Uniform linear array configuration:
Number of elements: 12
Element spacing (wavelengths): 0.25
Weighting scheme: binomial
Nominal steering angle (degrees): -45
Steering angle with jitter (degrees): -45.359
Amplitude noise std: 0.05
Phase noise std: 0.05

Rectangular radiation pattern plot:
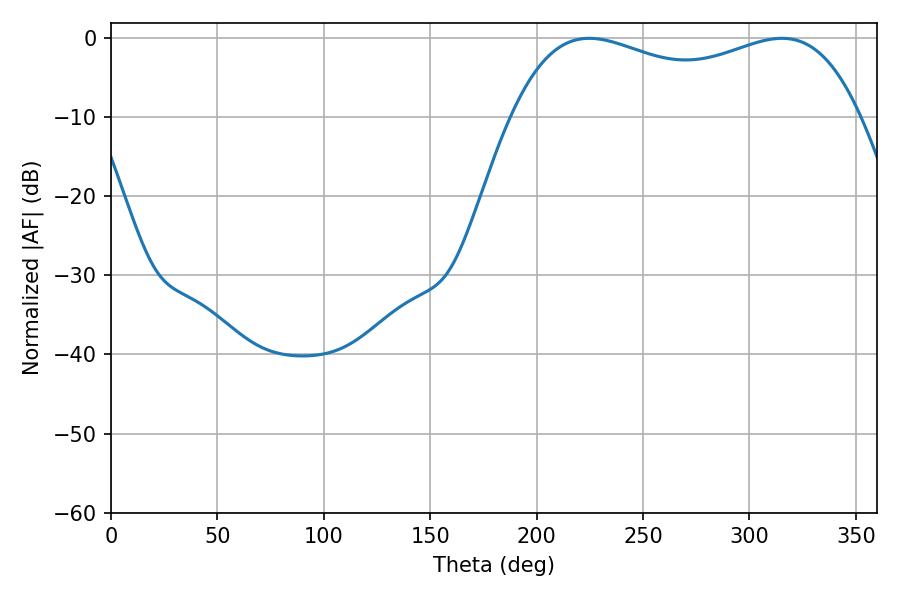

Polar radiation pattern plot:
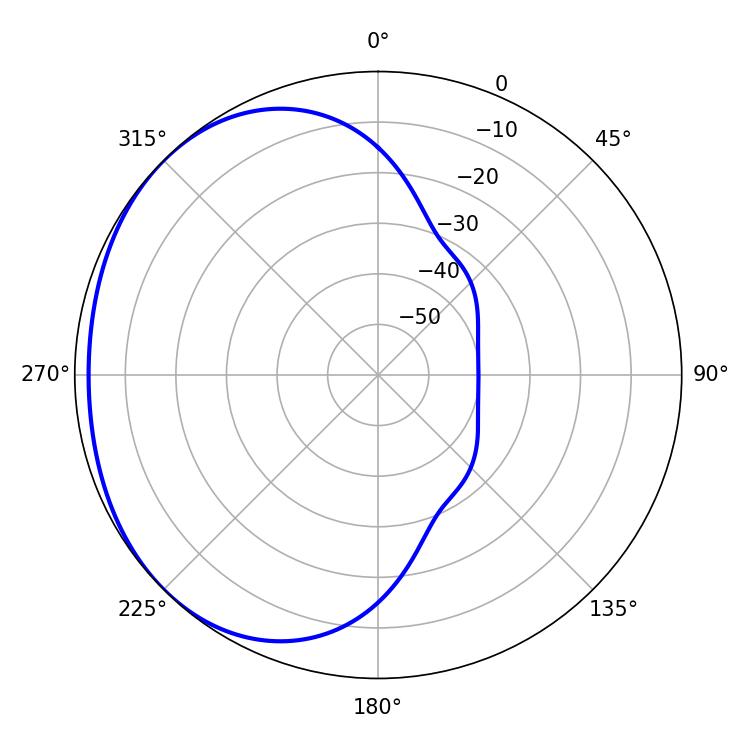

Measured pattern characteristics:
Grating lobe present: FALSE
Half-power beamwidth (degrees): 133.92
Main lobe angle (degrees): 224.64